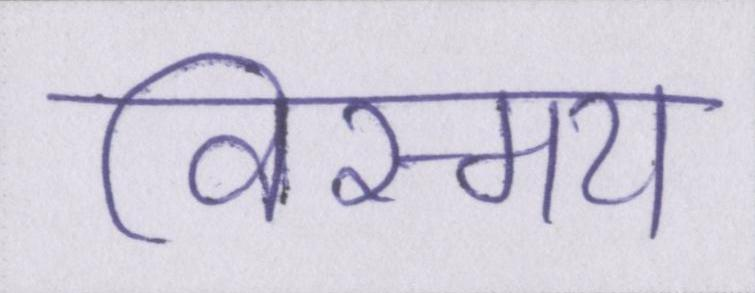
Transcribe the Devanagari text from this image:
विस्मय